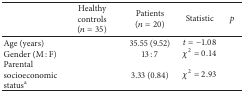
<table><thead><tr><td>[EMPTY_CELL]</td><td><b>Healthy controls (<i>n</i> = 35)</b></td><td><b>Patients (<i>n</i> = 20)</b></td><td><b>Statistic</b></td><td><b><i>p</i></b></td></tr></thead><tbody><tr><td>Age (years)</td><td>[EMPTY_CELL]</td><td>35.55 (9.52)</td><td><i>t</i> = −1.08</td><td>[EMPTY_CELL]</td></tr><tr><td>Gender (M : F)</td><td>[EMPTY_CELL]</td><td>13 : 7</td><td><i>χ</i><sup>2</sup> = 0.14</td><td>[EMPTY_CELL]</td></tr><tr><td>Parental socioeconomic status<sup>a</sup></td><td>[EMPTY_CELL]</td><td>3.33 (0.84)</td><td><i>χ</i><sup>2</sup> = 2.93</td><td>[EMPTY_CELL]</td></tr></tbody></table>